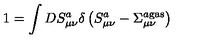
1 = \int D S _ { \mu \nu } ^ { a } \delta \left( S _ { \mu \nu } ^ { a } - \Sigma _ { \mu \nu } ^ { a { } \mathrm { g a s } } \right)